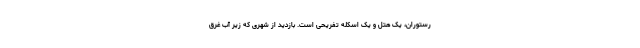
رستوران، یک هتل و یک اسکله تفریحی است. بازدید از شهری که زیر آب غرق